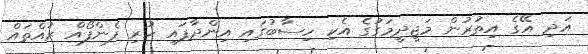
އަދި އޭގެ އިތުރުން މަޖީދީމަގުގެ އެކި ހިސާބުގައި އިންދާފައި ހުރި ފެންފޯއް ރުއްތައް